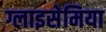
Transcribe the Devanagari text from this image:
ग्लाइसेमिया